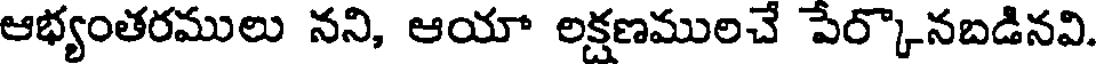
ఆభ్యంతరములు నని, ఆయా లక్షణములచే పేర్కొనబడినవి.